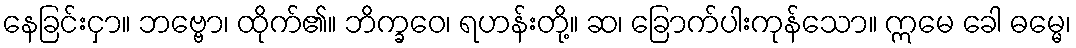
နေခြင်းငှာ။ ဘဗ္ဗော၊ ထိုက်၏။ ဘိက္ခဝေ၊ ရဟန်းတို့။ ဆ၊ ခြောက်ပါးကုန်သော။ ဣမေ ခေါ ဓမ္မေ၊